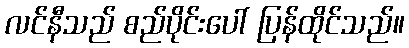
လင်နီသည် စည်ပိုင်းပေါ် ပြန်ထိုင်သည်။